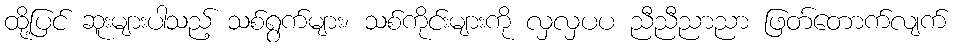
ထို့ပြင် ဆူးများပါသည့် သစ်ရွက်များ၊ သစ်ကိုင်းများကို လှလှပပ ညီညီညာညာ ဖြတ်တောက်လျက်